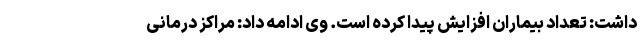
داشت: تعداد بیماران افزایش پیدا کرده است. وی ادامه داد: مراکز درمانی